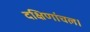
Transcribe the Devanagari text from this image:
दक्षिणांचल।